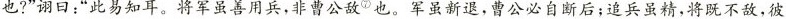
也?”诩日：”此易知耳。将军虽善用兵，非曹公敌^{⑦}也。军虽新退，曹公必自断后；追兵虽精，将既不敌，彼